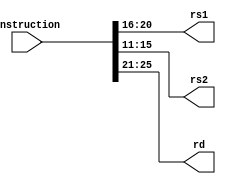
module instruction_split(instruction, rs1, rs2, rd);

    input [31:0] instruction;

    output[4:0] rs1;
    output[4:0] rs2;
    output[4:0] rd;

    
   assign rd=instruction[25:21];
   assign rs1=instruction[20:16];
   assign rs2=instruction[15:11];


endmodule